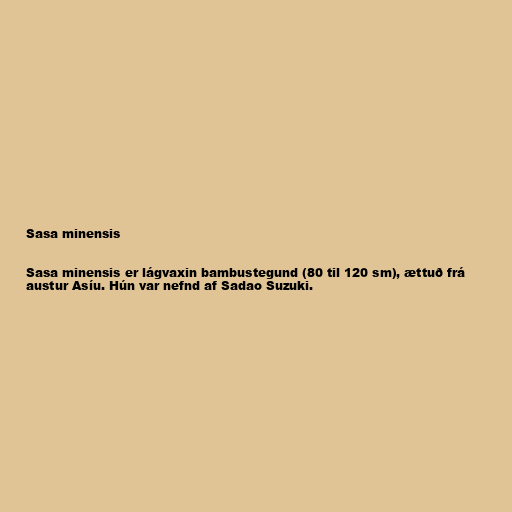
Sasa minensis

Sasa minensis er lágvaxin bambustegund (80 til 120 sm), ættuð frá
austur Asíu. Hún var nefnd af Sadao Suzuki.